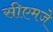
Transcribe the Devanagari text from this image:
सीएमजे